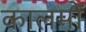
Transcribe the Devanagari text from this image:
कालमों